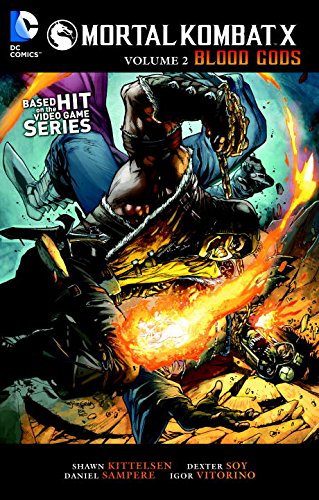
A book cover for Mortal Kombat X Vol. 2; Shawn Kittlesen; Comics & Graphic Novels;